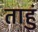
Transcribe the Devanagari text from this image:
ताहुं